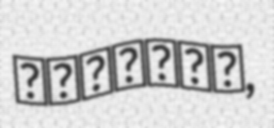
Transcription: پارسایی,